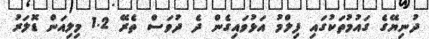
ދުނިޔޭގެ ގައުމުތަކުގައި ފިލްމު އަޅުވައިގެން ދެ ދުވަސް ތެރޭ 1.2 މިލިއަން ޑޮލަރު